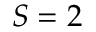
S = 2